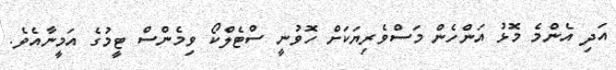
އަދި އެންމެ މޮޅު އަންހެން މަސްވެރިޔަކަށް ހޮވުނީ ސްޓެލްކޯ ވިމެންސް ޓީމުގެ އަމީނާއެވެ.